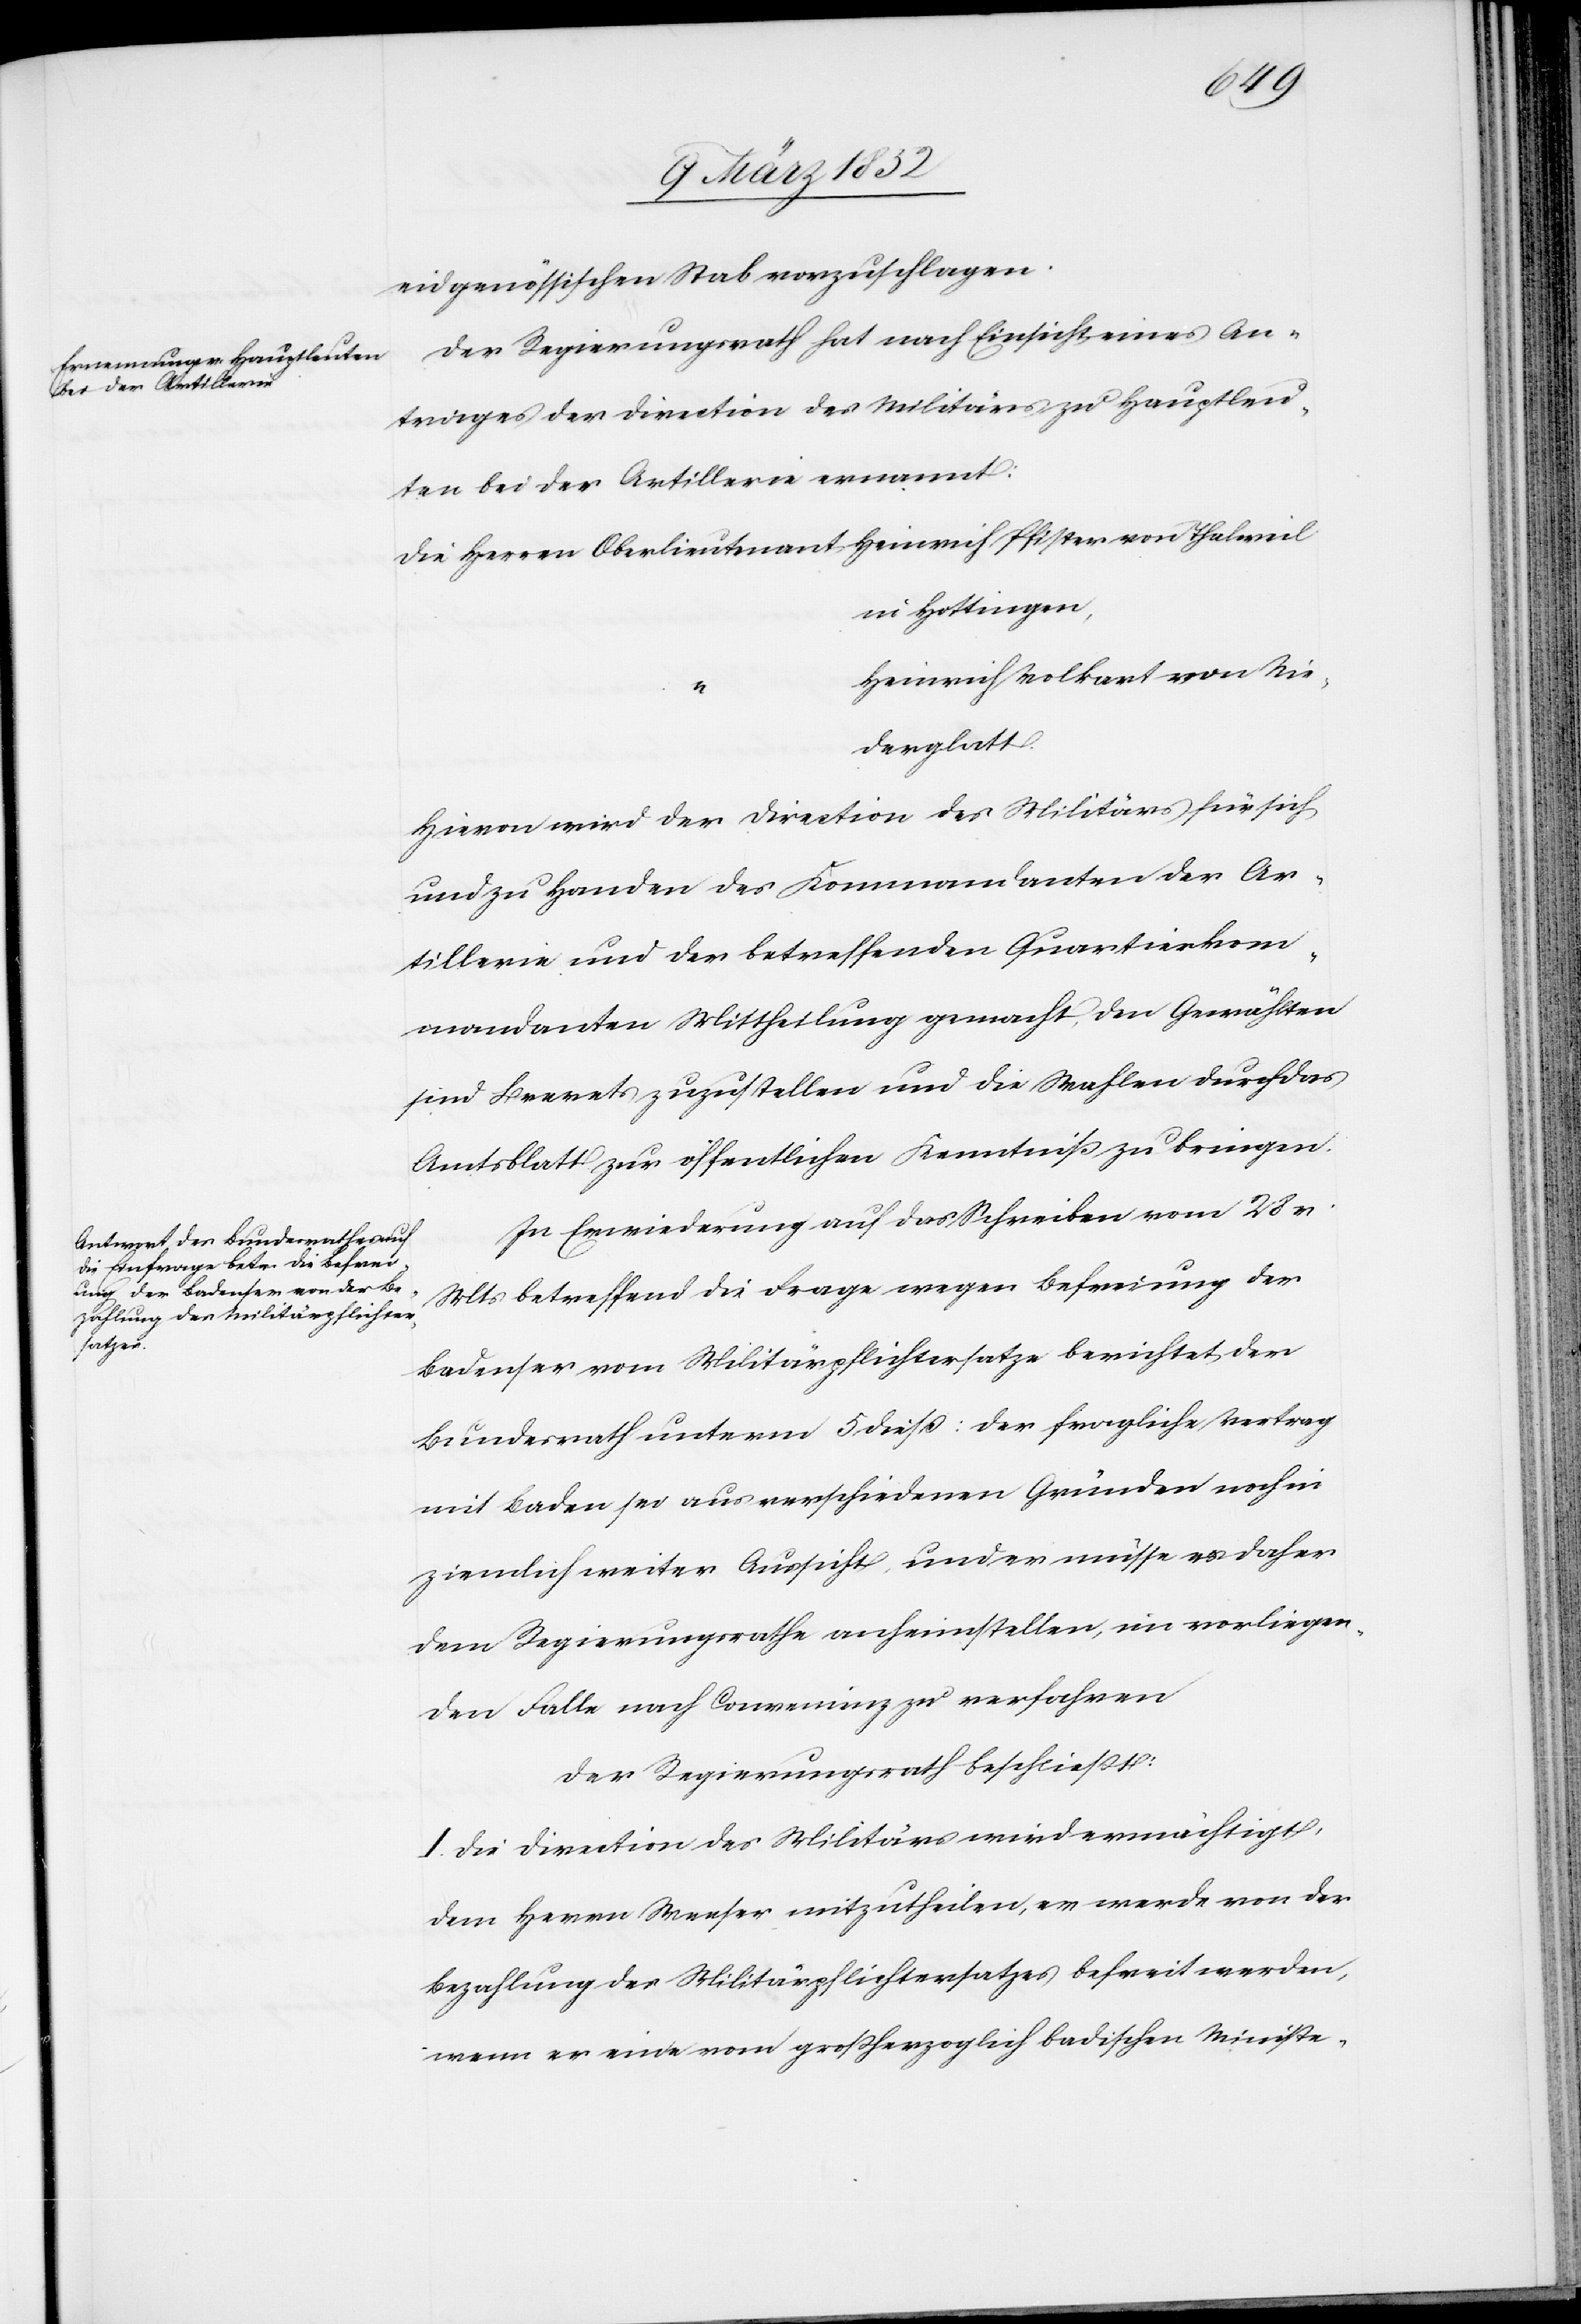
eidgenössischen Stab vorzuschlagen.
Der Regierungsrath hat nach Einsicht eines An¬
trages der Direction des Militärs zu Hauptleu¬
ten bei der Artillerie ernannt:
Die Herren Oberlieutenant Heinrich Pfister von Thalweil
in Hottingen,
Heinrich Volkart von Nie¬
derglatt
Hievon wird der Direction des Militärs für sich
und zu Handen des Kommandanten der Ar¬
tillerie und der betreffenden Quartierkom¬
mandanten Mittheilung gemacht, den Gewählten
sind Brevets zuzustellen und die Wahlen durch das
Amtsblatt zur öffentlichen Kenntniß zu bringen.
In Erwiederung auf das Schreiben vom 28 v.
Mts betreffend die Frage wegen Befreiung der
Badenser vom Militärpflichtersatze berichtet der
Bundesrath unterm 5 dieß: der fragliche Vertrag
mit Baden sei aus verschiedenen Gründen noch in
ziemlich weiter Aussicht und er müsse es daher
dem Regierungsrathe anheimstellen, in vorliegen¬
dem Falle nach Convenienz zu verfahren
Der Regierungsrath beschließt:
I. Die Direction des Militärs wird ermächtigt,
dem Herrn Weeser mitzutheilen, er werde von der
Bezahlung des Militärpflichtersatzes befreit werden,
wenn er eine vom großherzoglich badischen Ministe-